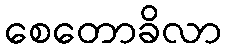
စေတောခိလာ